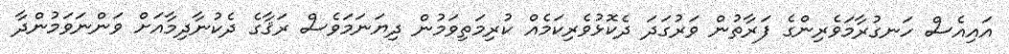
އައިއެސް ހަނގުރާމަވެރިންގެ ފަރާތުން ވަރުގަދަ ދެކޮޅުވެރިކަމެއް ކުރިމަތިވަމުން ދިޔަނަމަވެސް ރަޤާގެ ދެކުނާދިމާއަށް ވަންނަވަމުންދާ